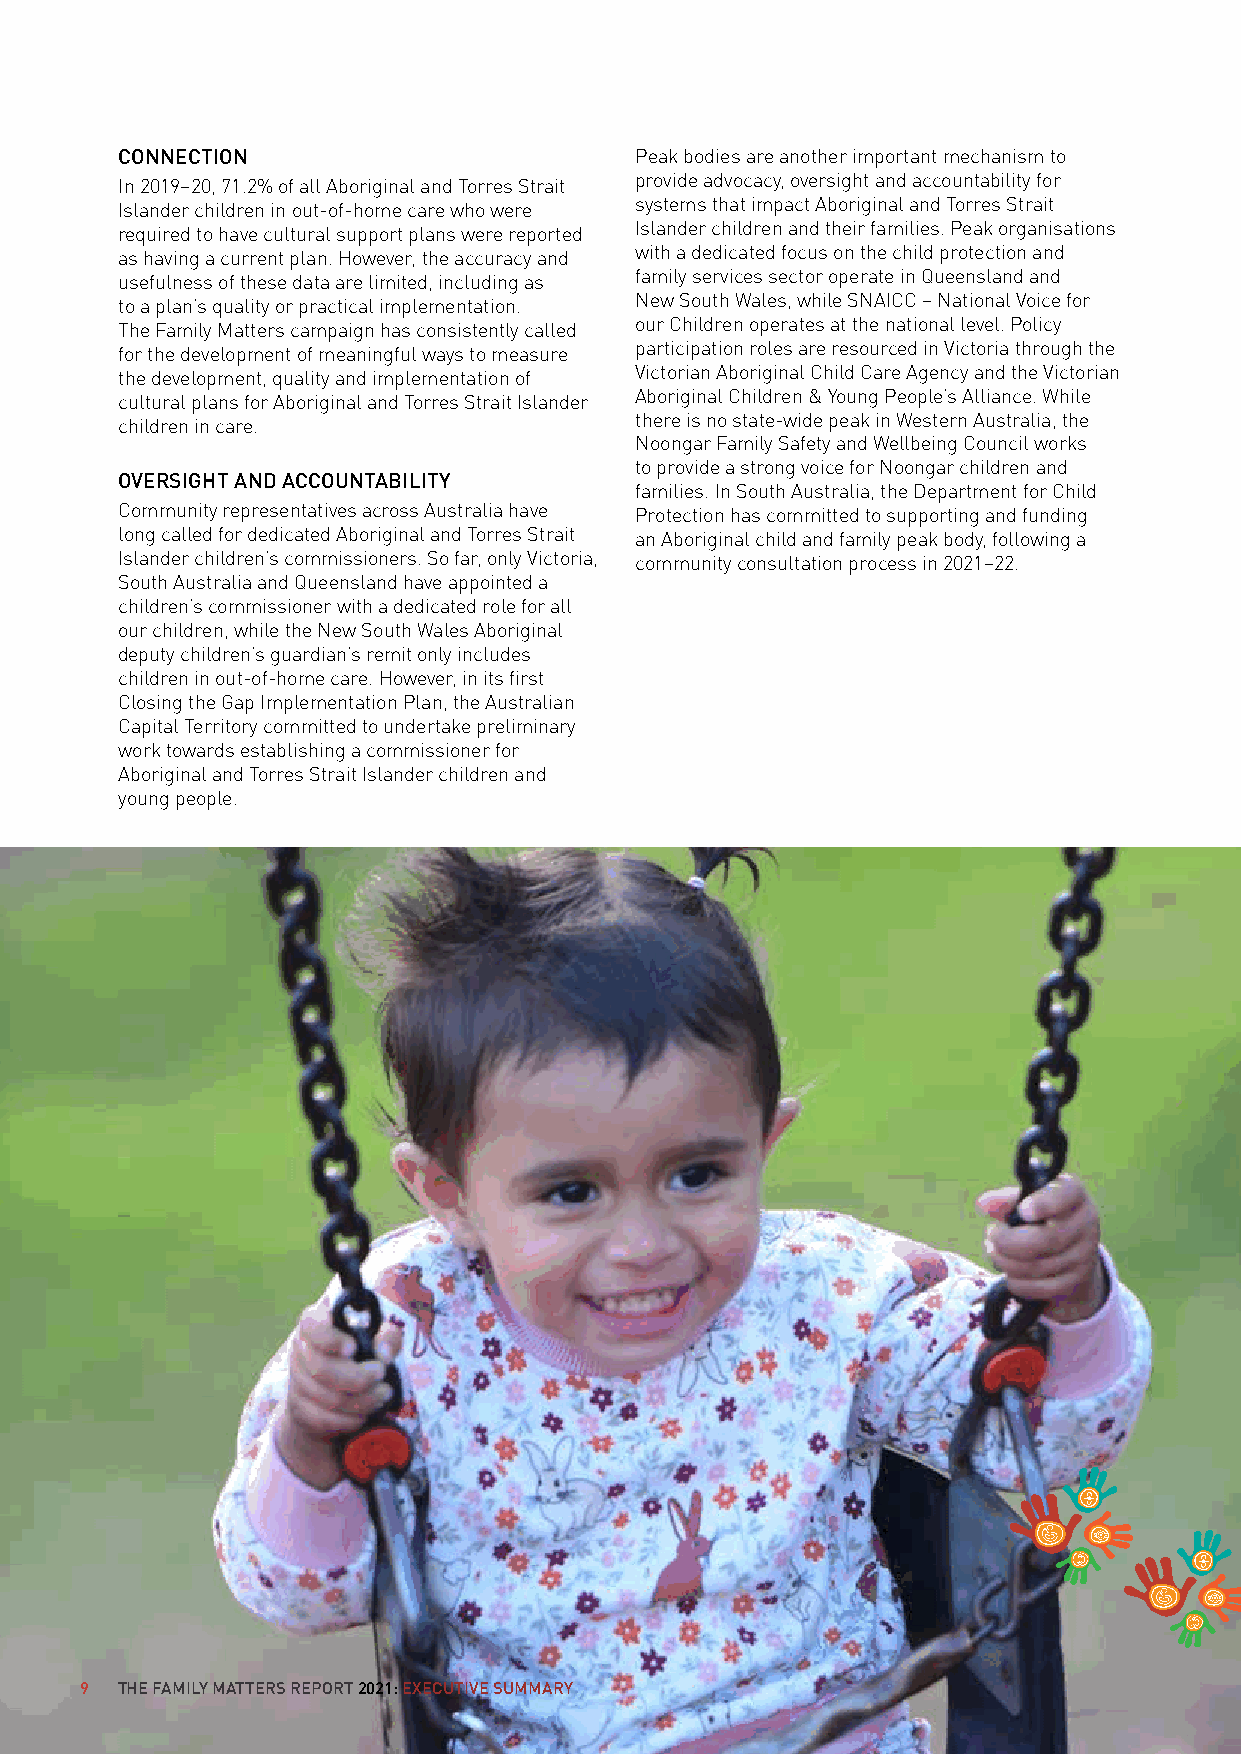
CONNECTION                        Peak bodies are another important mechanism to
 provide advocacy, oversight and accountability for
 In 2019–20, 71.2% of all Aboriginal and Torres Strait
 systems that impact Aboriginal and Torres Strait
 Islander children in out-of-home care who were
 Islander children and their families. Peak organisations
 required to have cultural support plans were reported
 with a dedicated focus on the child protection and
 as having a current plan. However, the accuracy and
 family services sector operate in Queensland and
 usefulness of these data are limited, including as
 New South Wales, while SNAICC – National Voice for
 to a plan’s quality or practical implementation.
 our Children operates at the national level. Policy
 The Family Matters campaign has consistently called
 participation roles are resourced in Victoria through the
 for the development of meaningful ways to measure
 Victorian Aboriginal Child Care Agency and the Victorian
 the development, quality and implementation of
 Aboriginal Children & Young People’s Alliance. While
 cultural plans for Aboriginal and Torres Strait Islander
 there is no state-wide peak in Western Australia, the
 children in care.
 Noongar Family Safety and Wellbeing Council works
 to provide a strong voice for Noongar children and
 OVERSIGHT AND ACCOUNTABILITY
 families. In South Australia, the Department for Child
 Community representatives across Australia have Protection has committed to supporting and funding
 long called for dedicated Aboriginal and Torres Strait an Aboriginal child and family peak body, following a
 Islander children’s commissioners. So far, only Victoria, community consultation process in 2021–22.
 South Australia and Queensland have appointed a
 children’s commissioner with a dedicated role for all
 our children, while the New South Wales Aboriginal
 deputy children’s guardian’s remit only includes
 children in out-of-home care. However, in its first
 Closing the Gap Implementation Plan, the Australian
 Capital Territory committed to undertake preliminary
 work towards establishing a commissioner for
 Aboriginal and Torres Strait Islander children and
 young people.
 9  THE FAMILY MATTERS REPORT 2021: EXECUTIVE SUMMARY